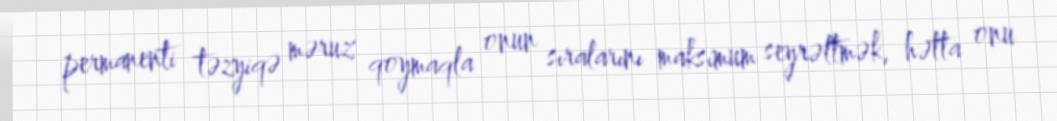
permanenti təzyiqə məruz qoymaqla onun sıralarını maksimum seyrəltmək, hətta onu